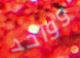
وواحد